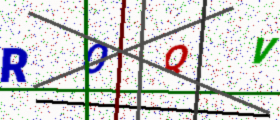
Text: ROQV